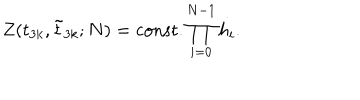
Z ( t _ { 3 k } , \tilde { t } _ { 3 k } ; N ) = \mathrm { c o n s t . } \prod _ { i = 0 } ^ { N - 1 } h _ { i } .